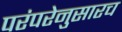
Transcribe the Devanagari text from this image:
परंपरेनुसारच